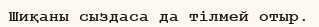
Шиқаны сыздаса да тілмей отыр.